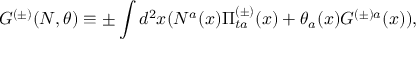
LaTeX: G ^ { ( \pm ) } ( N , \theta ) \equiv \pm \int d ^ { 2 } x ( N ^ { a } ( x ) \Pi _ { t a } ^ { ( \pm ) } ( x ) + \theta _ { a } ( x ) { \cal G } ^ { ( \pm ) a } ( x ) ) ,